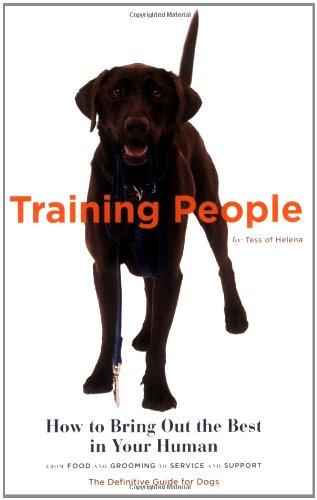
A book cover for Training People: How to Bring Out the Best in Your Human; Tess of Helena; Humor & Entertainment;